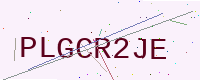
Text: PLGCR2JE